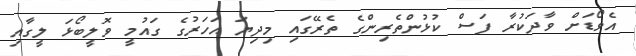
އެވޯޑަށް ވާދަކުރާ ފަސް ކުޅުންތެރިންގެ ތެރޭގައި މިދިޔަ އަހަރުގެ ގައުމީ ވޮލީބޯޅަ ލީގާއި